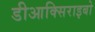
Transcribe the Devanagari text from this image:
डीआक्सिराइबो